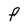
Character: P